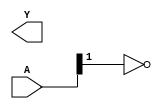
module NOT(
    input [1:0] A,
    output reg [1:0] Y
);

always @*
begin
   
    Y[1] = ~A[1];
end


endmodule